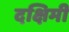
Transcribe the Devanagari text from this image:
दक्षिमी